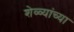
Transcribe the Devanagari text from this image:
शेळ्यांच्या